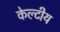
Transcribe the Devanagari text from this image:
केल्टीय